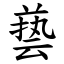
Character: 兿